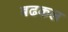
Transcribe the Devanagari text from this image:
बढकल